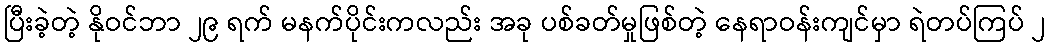
ပြီးခဲ့တဲ့ နိုဝင်ဘာ ၂၉ ရက် မနက်ပိုင်းကလည်း အခု ပစ်ခတ်မှုဖြစ်တဲ့ နေရာဝန်းကျင်မှာ ရဲတပ်ကြပ် ၂